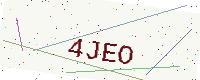
Text: 4JEO